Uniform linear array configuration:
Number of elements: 32
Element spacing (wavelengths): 1
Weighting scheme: binomial
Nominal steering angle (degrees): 0
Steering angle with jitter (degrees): -1.01
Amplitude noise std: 0.05
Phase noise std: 0.05

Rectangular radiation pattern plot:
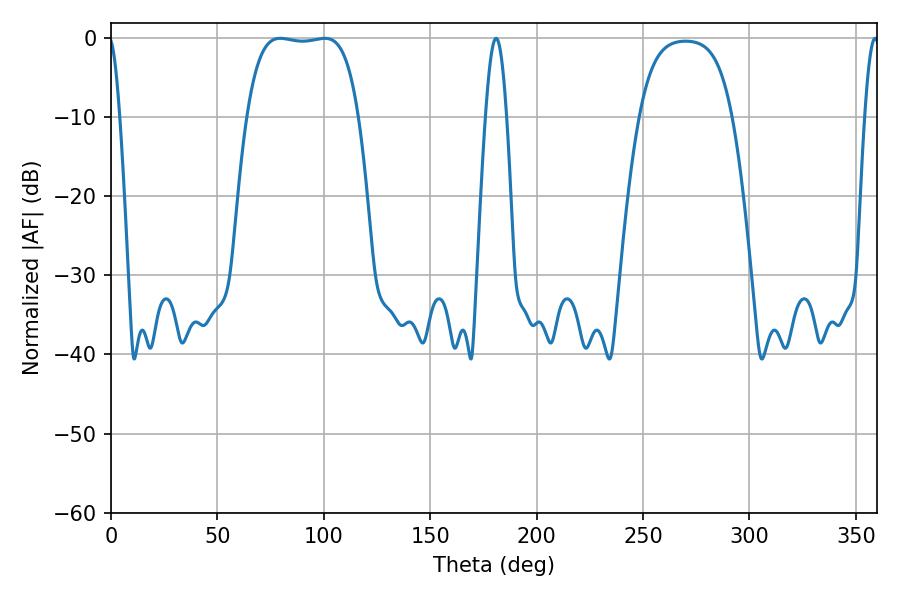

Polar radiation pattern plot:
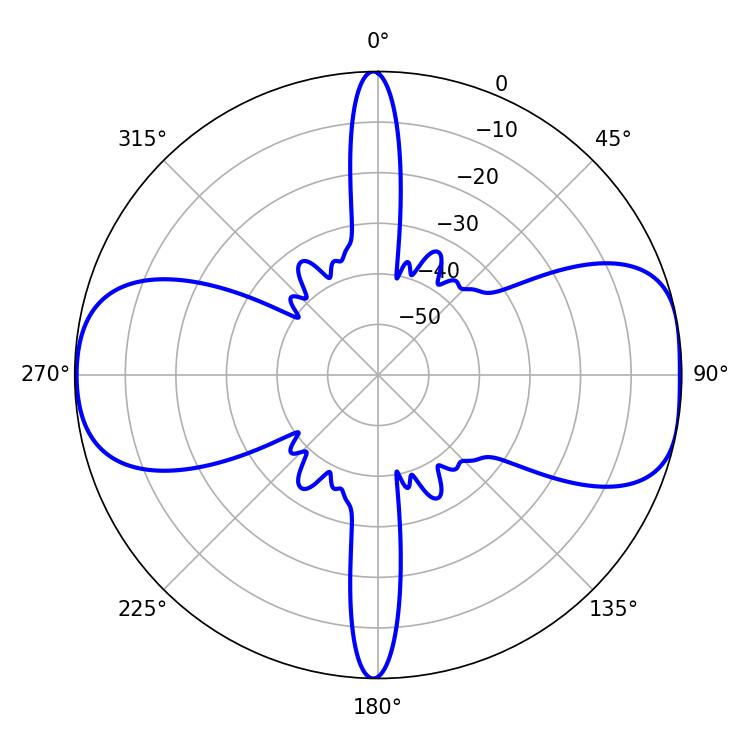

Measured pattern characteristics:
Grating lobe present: TRUE
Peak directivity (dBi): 9.684
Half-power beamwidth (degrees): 41.04
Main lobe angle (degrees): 79.56